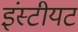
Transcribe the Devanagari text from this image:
इंस्टीयट